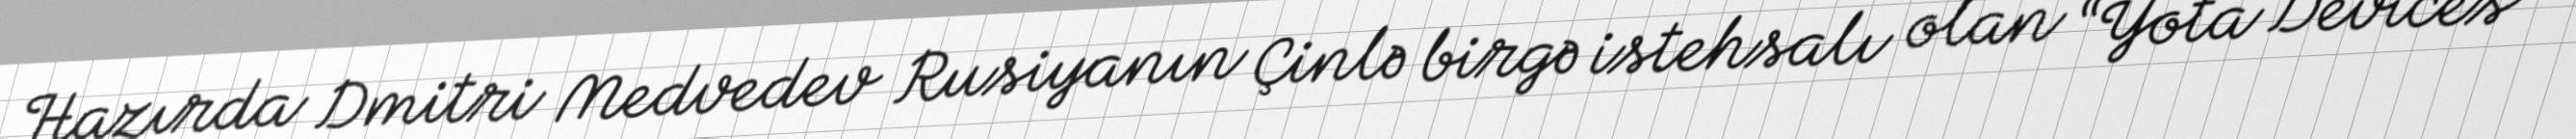
Hazırda Dmitri Medvedev Rusiyanın Çinlə birgə istehsalı olan “Yota Devices”